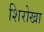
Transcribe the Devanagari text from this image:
शिरोखा